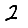
Digit: 2